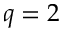
q = 2